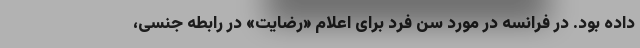
داده بود. در فرانسه در مورد سن فرد برای اعلام «رضایت» در رابطه جنسی،